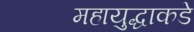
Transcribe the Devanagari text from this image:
महायुद्धाकडे